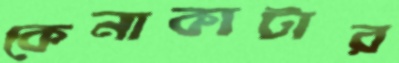
কেনাকাটার